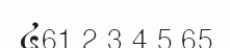
៤61 2 3 4 5 65